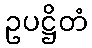
ဥပဋ္ဌိတံ